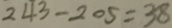
2 4 3 - 2 0 5 = 3 8